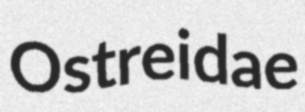
Ostreidae